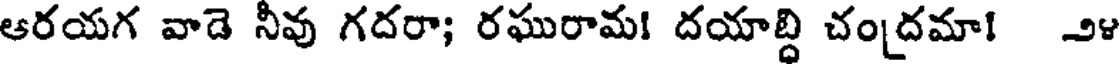
ఆరయగ వాడె నీవు గదరా; రఘురామ! దయాబ్ది చంద్రమా! ౨౪